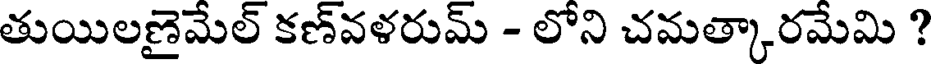
తుయిలణైమేల్ కణ్వళరుమ్ - లోని చమత్కారమేమి ?